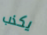
يكذب